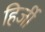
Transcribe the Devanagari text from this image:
हिर्जी